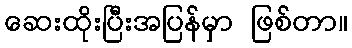
ဆေးထိုးပြီးအပြန်မှာ ဖြစ်တာ။